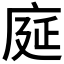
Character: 𫷳